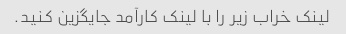
لینک خراب زیر را با لینک کارآمد جایگزین کنید.